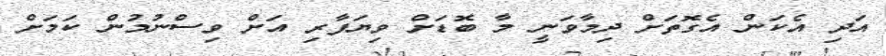
އަދި އެކަން އެގޮތަށް ދިމާވަނީ މާ ބޮޑަށް ވިޔަފާރި އަށް ވިސްނުމުން ކަމަށް